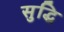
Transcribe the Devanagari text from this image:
सुद्धि